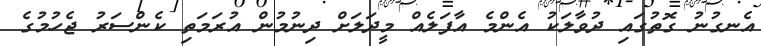
އެނގުނު ގޮތުގައި ދުވާލަކު އެންމެ އާފަލެއް މީދަލަށް ދިނުމުން އުރަމަތި ކެންސަރު ޖެހުމުގެ